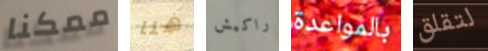
ممكنا هنا راكيش بالمواعدة لتقلق